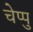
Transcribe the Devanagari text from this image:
चेप्पु